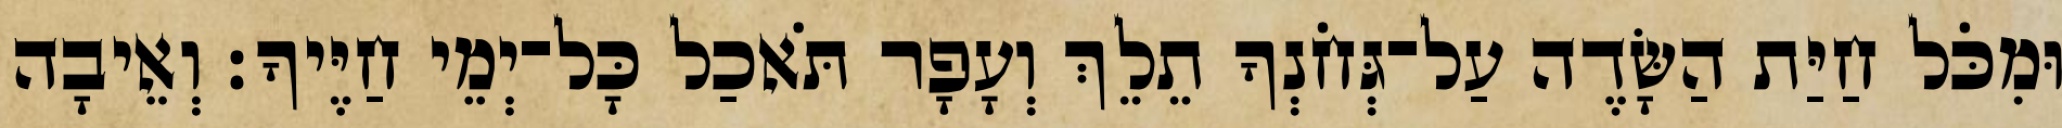
וּמִכֹּל חַיַּת הַשָּׂדֶה עַל־גְּחֹנְךָ תֵלֵךְ וְעָפָר תֹּאכַל כָּל־יְמֵי חַיֶּיךָ׃ וְאֵיבָה